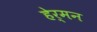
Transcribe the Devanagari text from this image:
हेर्मन